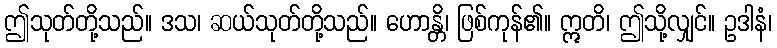
ဤသုတ်တို့သည်။ ဒသ၊ ဆယ်သုတ်တို့သည်။ ဟောန္တိ၊ ဖြစ်ကုန်၏။ ဣတိ၊ ဤသို့လျှင်။ ဥဒါနံ၊